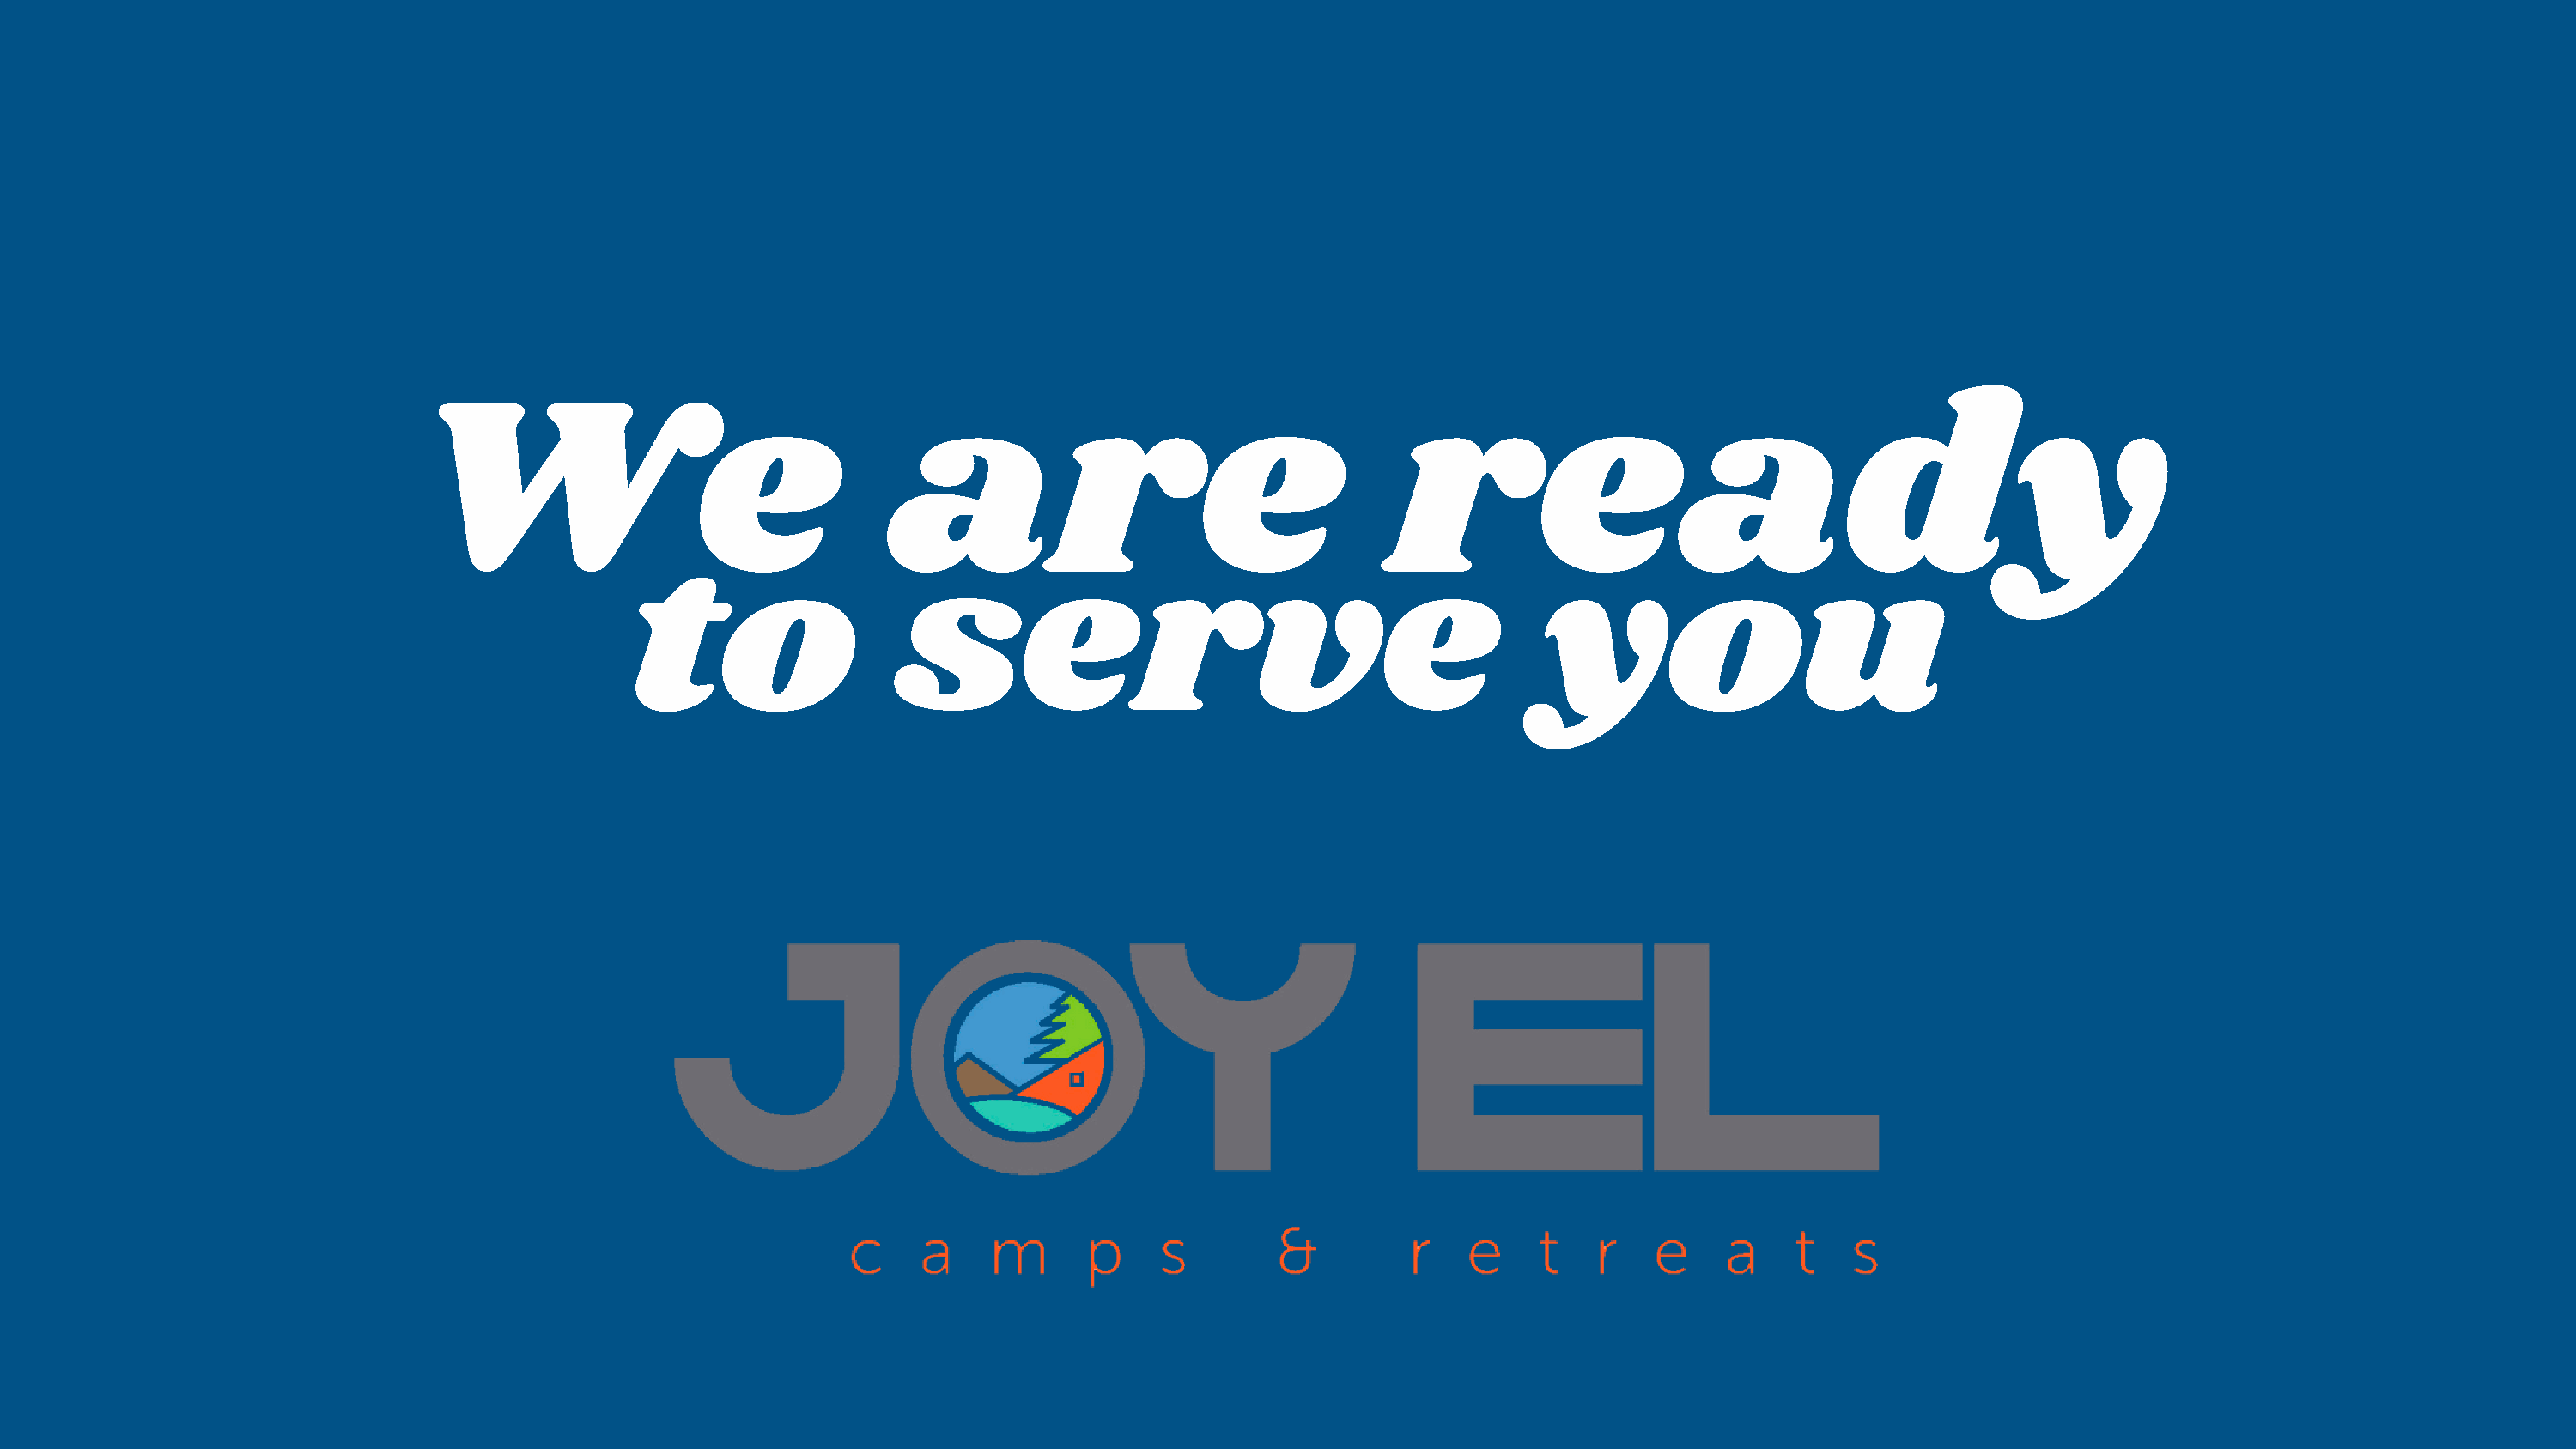
We                                   are                                    ready
 to                  serve                                             you